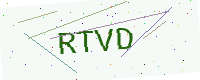
Text: RTVD